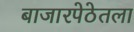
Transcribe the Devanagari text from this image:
बाजारपेठेतला